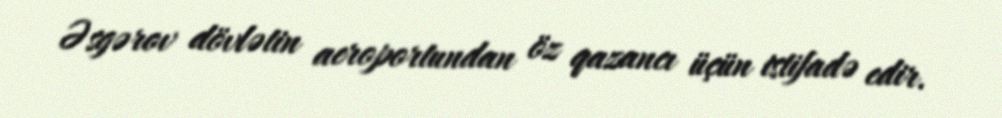
Əsgərov dövlətin aeroportundan öz qazancı üçün istifadə edir.